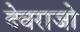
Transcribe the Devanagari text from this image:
देवराजो